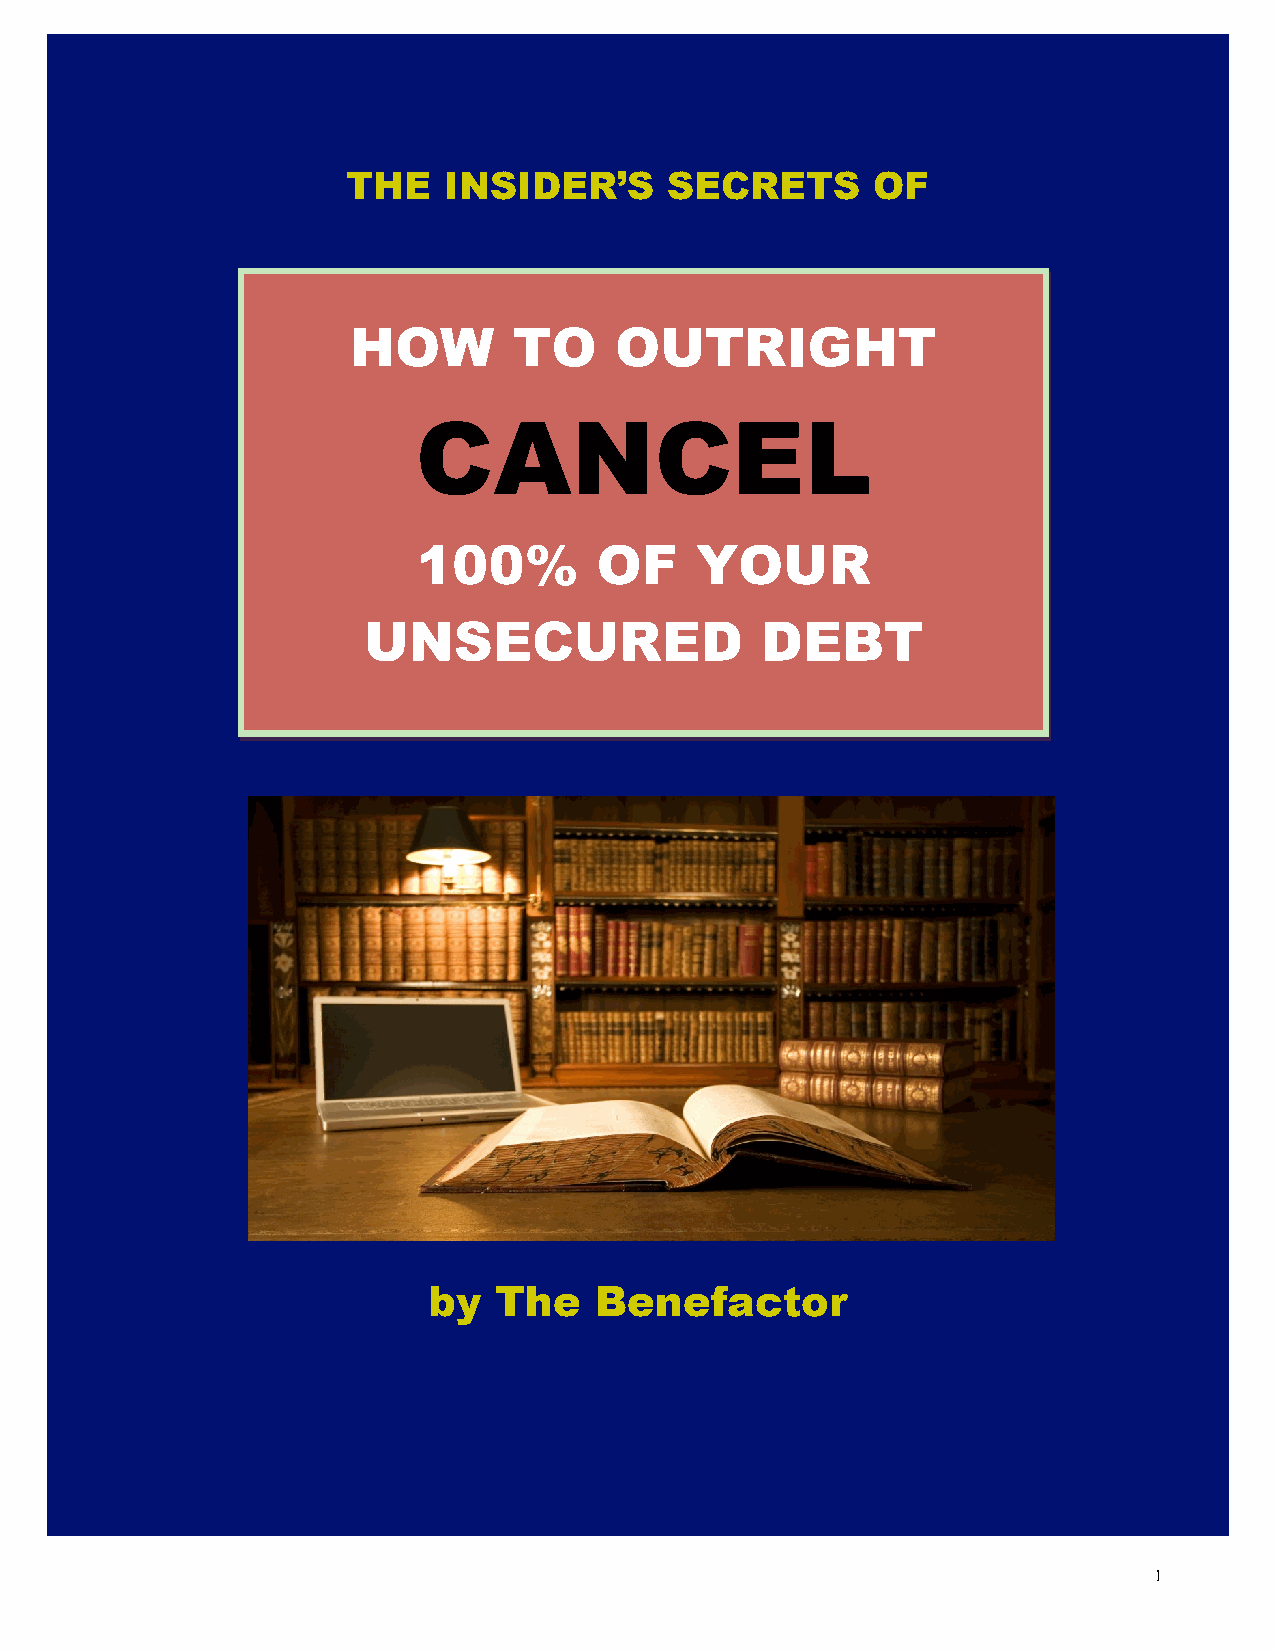
THE   INSIDER’S      SECRETS       OF
 HOW        TO     OUTRIGHT
 CANCEL
 100%        OF    YOUR
 UNSECURED                 DEBT
 by   The   Benefactor
 1